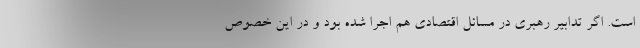
است. اگر تدابیر رهبری در مسائل اقتصادی هم اجرا شده بود و در این خصوص